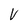
Character: V